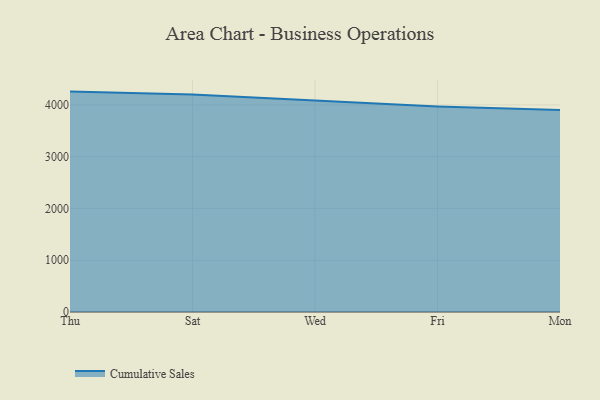
{"axis": {"x": "Day", "y": "Headcount"}, "legend": ["Cumulative Sales"], "data": [{"x": "Thu", "y": 4255.5, "type": "Cumulative Sales"}, {"x": "Sat", "y": 4201.8, "type": "Cumulative Sales"}, {"x": "Wed", "y": 4085.1, "type": "Cumulative Sales"}, {"x": "Fri", "y": 3966.7, "type": "Cumulative Sales"}, {"x": "Mon", "y": 3897.9, "type": "Cumulative Sales"}]}